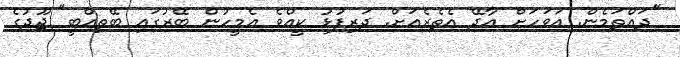
"ދައްތަމެން. އަވަހަށް އާދޭ އެތެރެއަށް. ދަރިފުޅު ކީއްވެ އެމީހުން ބޭރުގައި ބޭތިއްބީ" ޖޫދުގެ